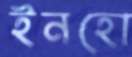
ইনহো